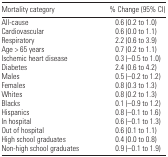
<table><thead><tr><td><b>Mortality category</b></td><td><b>% Change (95% CI)</b></td></tr></thead><tbody><tr><td>All-cause</td><td>0.6 (0.2 to 1.0)</td></tr><tr><td>Cardiovascular</td><td>0.6 (0.0 to 1.1)</td></tr><tr><td>Respiratory</td><td>2.2 (0.6 to 3.9)</td></tr><tr><td>Age &gt; 65 years</td><td>0.7 (0.2 to 1.1)</td></tr><tr><td>Ischemic heart disease</td><td>0.3 (−0.5 to 1.0)</td></tr><tr><td>Diabetes</td><td>2.4 (0.6 to 4.2)</td></tr><tr><td>Males</td><td>0.5 (−0.2 to 1.2)</td></tr><tr><td>Females</td><td>0.8 (0.3 to 1.3)</td></tr><tr><td>Whites</td><td>0.8 (0.2 to 1.3)</td></tr><tr><td>Blacks</td><td>0.1 (−0.9 to 1.2)</td></tr><tr><td>Hispanics</td><td>0.8 (−0.1 to 1.6)</td></tr><tr><td>In hospital</td><td>0.6 (−0.1 to 1.3)</td></tr><tr><td>Out of hospital</td><td>0.6 (0.1 to 1.1)</td></tr><tr><td>High school graduates</td><td>0.4 (0.0 to 0.8)</td></tr><tr><td>Non-high school graduates</td><td>0.9 (−0.1 to 1.9)</td></tr></tbody></table>